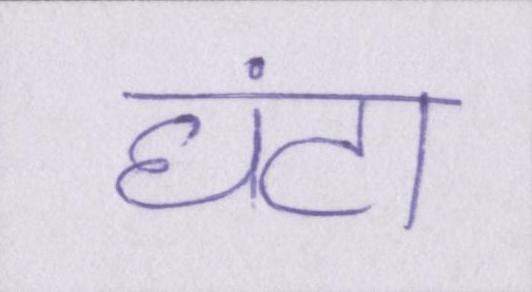
घंटा